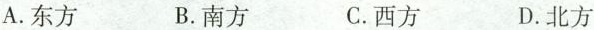
A.东方 B.南方 C.西方 D.北方